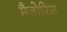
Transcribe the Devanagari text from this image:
मैजोरिस